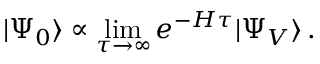
| \Psi _ { 0 } \rangle \propto \operatorname* { l i m } _ { \tau \rightarrow \infty } e ^ { - H \tau } | \Psi _ { V } \rangle \, .